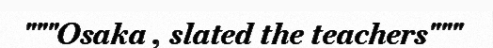
"""Osaka , slated the teachers"""